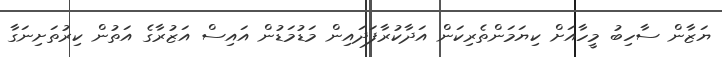
ޔަޒާން ސާހިބު މީހާއަށް ކިޔަމަންތެރިކަން އަދާކުރާފަދައިން މަޑުމަޑުން އައިސް އަޒުރާގެ އަތުން ކިރުތަށިނަގާ